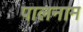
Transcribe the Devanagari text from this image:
पालनाम